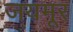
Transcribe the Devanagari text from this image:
जयमूर